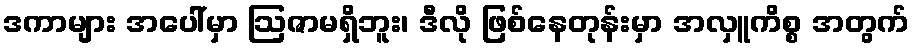
ဒကာများ အပေါ်မှာ ဩဇာမရှိဘူး၊ ဒီလို ဖြစ်နေတုန်းမှာ အလှူကိစ္စ အတွက်